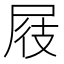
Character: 屐